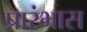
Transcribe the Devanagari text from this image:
प्रारंभास